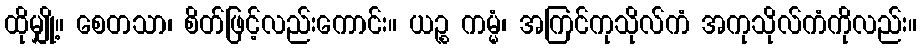
ထိုမျှို့။ စေတသာ၊ စိတ်ဖြင့်လည်းကောင်း။ ယဉ္စ ကမ္မံ၊ အကြင်ကုသိုလ်ကံ အကုသိုလ်ကံကိုလည်း။